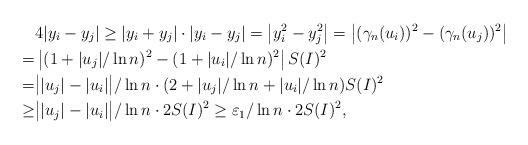
LaTeX: \begin{align*}&4|y_i-y_j|\geq |y_i+y_j|\cdot|y_i-y_j|=\left|y_i^2-y_j^2\right|=\left|(\gamma_n(u_i))^2-(\gamma_n(u_j))^2\right|\\=&\left|(1+|u_j|/\ln n)^2-(1+|u_i|/\ln n)^2\right|S(I)^2\\=&\big||u_j|-|u_i|\big|/\ln n \cdot (2+|u_j|/\ln n+|u_i|/\ln n)S(I)^2\\ \geq &\big||u_j|-|u_i|\big|/\ln n\cdot2S(I)^2\geq \varepsilon_1/\ln n\cdot2S(I)^2,\end{align*}